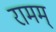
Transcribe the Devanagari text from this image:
रामम्